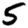
Digit: 5